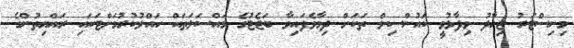
މިނިސްޓަރު ޖިހާދު ވިދާޅުވީ ކައުންސިލް ތަކަށް ދިމާވެފައިވާ ބަޖެޓުގެ މައްސަލަތައް ހައްލުކުރުމަށްޓަކައި ރައްޔިތުންގެ